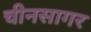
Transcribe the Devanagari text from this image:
चीनसागर